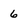
Character: 6